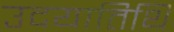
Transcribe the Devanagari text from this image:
उदयातिथि